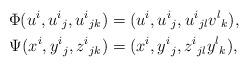
LaTeX: \begin{align*}\Phi(u^i,u^i{}_j,u^i{}_{jk})&=(u^i,u^i{}_j,u^i{}_{jl}v^l{}_k),\\*\Psi(x^i,y^i{}_j,z^i{}_{jk})&=(x^i,y^i{}_j,z^i{}_{jl}y^l{}_k),\end{align*}